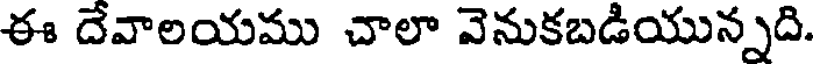
ఈ దేవాలయము చాలా వెనుకబడియున్నది.